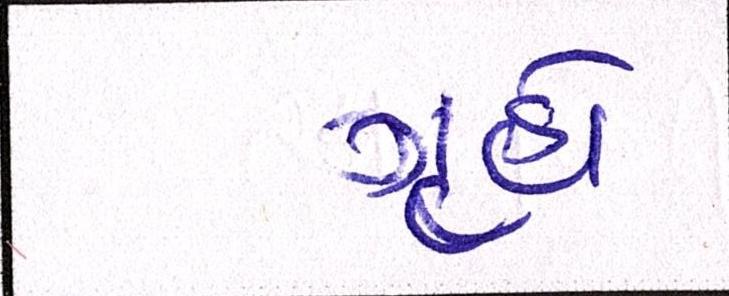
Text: ગૃહો